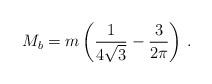
LaTeX: \begin{align*}M_b=m \left( \frac 1{4\sqrt{3}} -\frac 3{2\pi} \right)\,.\end{align*}